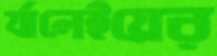
র‍্যালেইয়ের